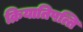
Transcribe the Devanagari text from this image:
क्रियातिपत्ति